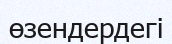
өзендердегі